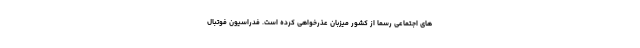
های اجتماعی رسما از کشور میزبان عذرخواهی کرده است. فدراسیون فوتبال